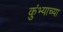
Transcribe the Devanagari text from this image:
कुंभ्याच्या